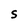
Character: S